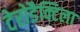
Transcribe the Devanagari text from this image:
टेरोडैक्टिला